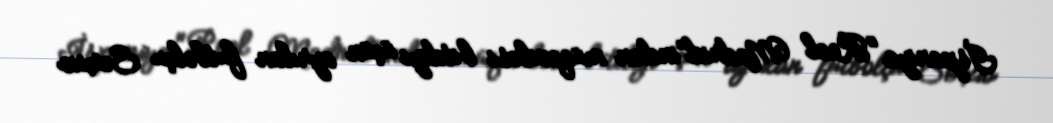
İspaniya "Real Madrid"indən müqaviləsi bitdiyi üçün ayrılan futbolçu Serxio